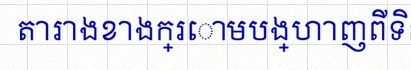
តារាងខាងក្រោមបង្ហាញពីទិន្នន័យ